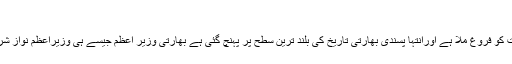
(خبر جاری ہے)
واضح رہے کہ عالمی میڈیا کے مطابق وزیر اعظم مودی کے دور میں بھارت میں مذہبی عدم برداشت کو فروغ ملا ہے اورانتہا پسندی بھارتی تاریخ کی بلند ترین سطح پر پہنچ گئی ہے بھارتی وزیر اعظم جیسے ہی وزیراعظم نواز شریف کے پاس پہنچے تو عالمی میڈیا کے کیمروں کا رخ بھی دونوں شخصیات کی جانب سے مڑ گیا ۔